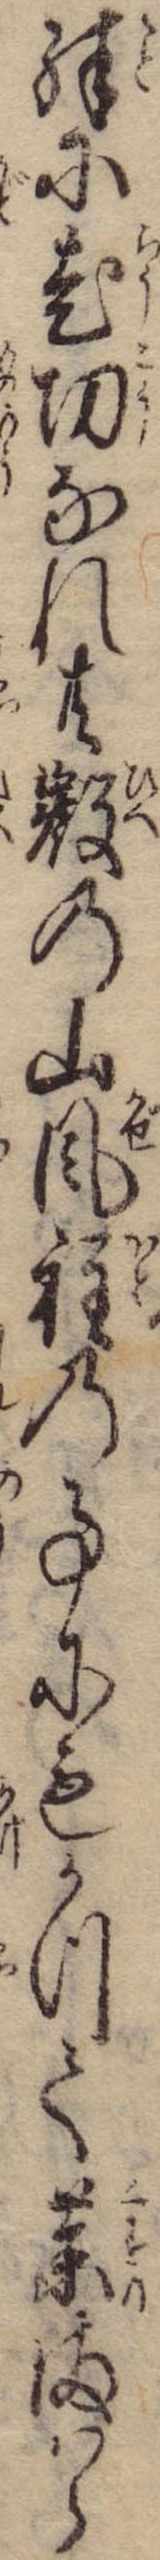
殊に老功なれ共叡の山風程の事にもかつて薬まはら